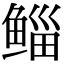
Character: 鲻